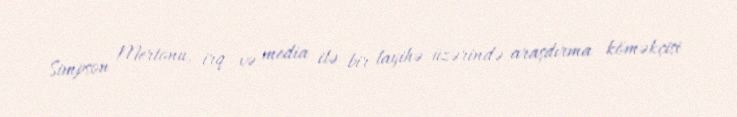
Simpson Mertonu, irq və media ilə bir layihə üzərində araşdırma köməkçisi